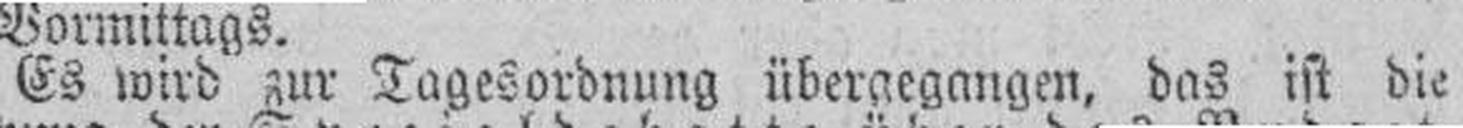
Es wird zur Tagesordnung überaegangen, das ist die